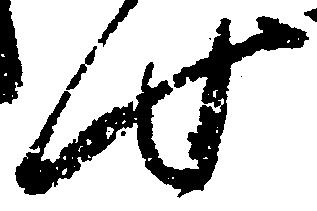
せ